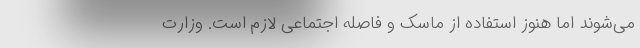
می‌شوند اما هنوز استفاده از ماسک و فاصله اجتماعی لازم است. وزارت